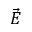
\vec { E }